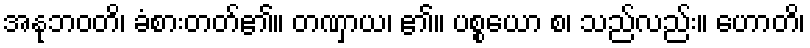
အနုဘဝတိ၊ ခံစားတတ်၏။ တဏှာယ၊ ၏။ ပစ္စယော စ၊ သည်လည်း။ ဟောတိ၊